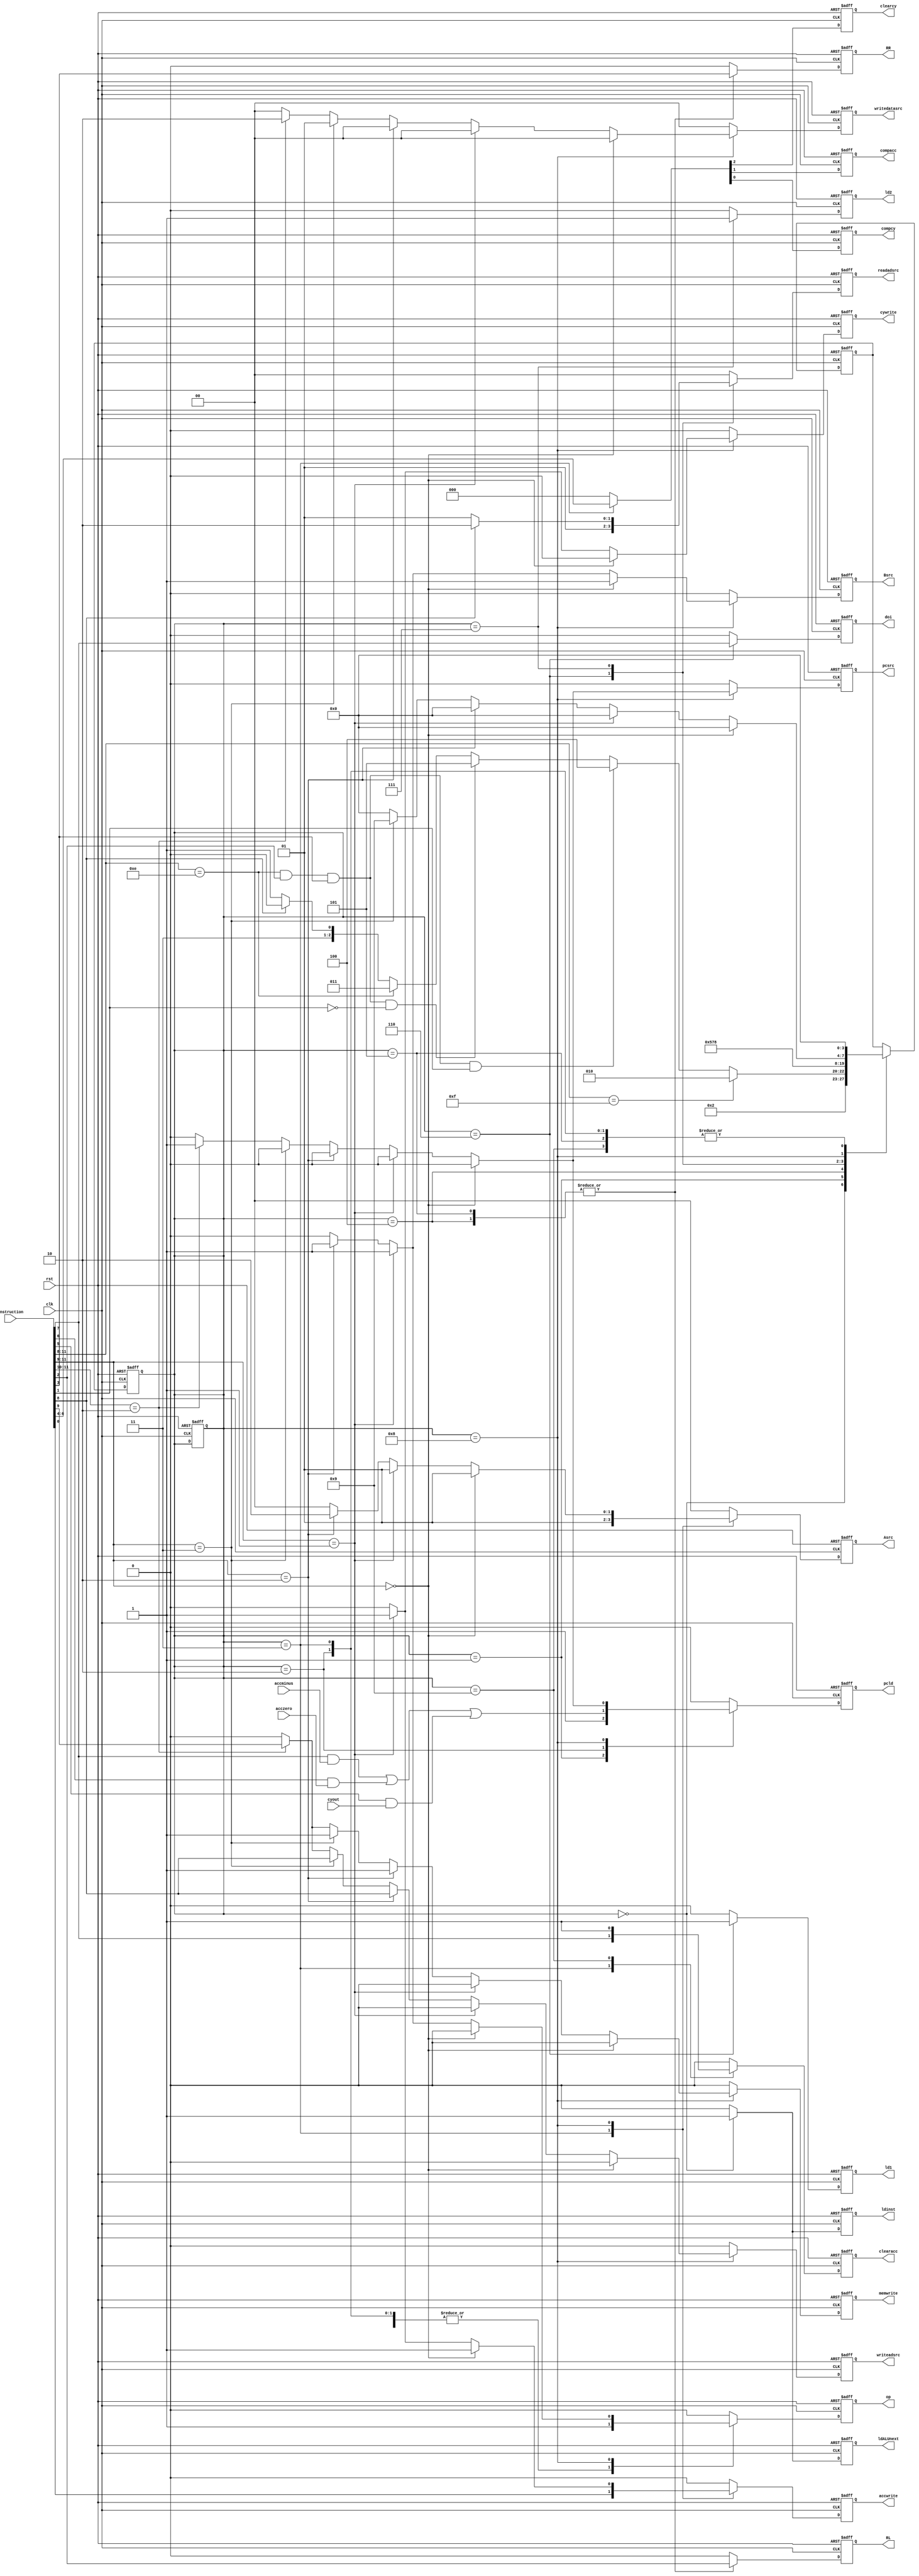
module controller(input[11:0] instruction,input clk,rst,cyout,accminus,acczero,output reg[1:0] readadsrc,Asrc,writedatasrc ,output reg memwrite,ldALUnext,ldinst,Bsrc,writeadsrc,doi,ld1,ld2,pcld,pcsrc,op,clearacc,clearcy,compacc,compcy,RL,RR,cywrite,accwrite);
  reg[3:0] state,nextstate;
  always@(negedge clk,posedge rst)
    if(rst)
      state<=0;
    else
      state<=nextstate;
  always@(posedge clk,posedge rst)
    if(rst) begin
      state=0;
      nextstate=0;
      {ldinst,Asrc,Bsrc,writedatasrc,writeadsrc,memwrite,ldALUnext} <= 0;
      {doi,ld1,ld2,pcld,pcsrc,op,readadsrc,clearacc} <= 0;
      {clearcy,compacc,compcy,RL,RR,cywrite,accwrite} <= 0;
    end
    else begin
      {ldinst,Asrc,Bsrc,writedatasrc,writeadsrc,memwrite,ldALUnext} <= 0;
      {doi,ld1,ld2,pcld,pcsrc,op,readadsrc,clearacc} <= 0;
      {clearcy,compacc,compcy,RL,RR,cywrite,accwrite} <= 0;
      case(state)
        0:begin{ldinst,op,ldALUnext}<=3'b111; nextstate<=1; end
        1: begin {op,pcld}<=2'b11; 
           if(instruction[11:8]==4'b1111) nextstate<=2; 
           else if(instruction[11:8]==4'b1110 &&instruction[2]&&instruction[3]&&instruction[1]) nextstate<=4;
           else if(instruction[11:8]==4'b1110 &&instruction[2]&&instruction[3]&&~instruction[1]) nextstate<=5;
           else if(instruction[11:8]==4'b1110) nextstate<=3;
           else if(instruction[8]==1) nextstate<=6;
           else if(instruction[8]==0) nextstate<=7;
           end
        2:begin op<=1; pcld <=(instruction[7]&accminus)|(instruction[6]&acczero)|(instruction[5]&cyout); nextstate<=0; end
        3:begin{clearacc,clearcy,compacc,compcy}<=instruction[7:4]; 
          {op,Asrc}<=3'b101; accwrite <= instruction[0]; nextstate<=0; end
        4:begin{RR,RL}<=instruction[3:2]; nextstate<=5; end
        5:begin{RR,RL}<=instruction[3:2]; nextstate<=0; end
        6:begin{readadsrc,ld1}<=3'b011; doi <= instruction[7];  nextstate<=7; end
        7:begin if(instruction[8]) readadsrc<=2; else readadsrc<=1;
          ld2<=1; nextstate<=8; end
        8:begin nextstate<=0; if(instruction[11:9]==0){Asrc,Bsrc,accwrite}<=4'b0111;
                else if(instruction[11:9]==3'b001) {Asrc,Bsrc,accwrite,op,cywrite}<=6'b011111;
                else if(instruction[11:9]==3'b010) {Asrc,Bsrc,op,memwrite,writeadsrc}<={5'b10111,instruction[8]}; 
                else if(instruction[11:9]==3'b011) begin {writedatasrc,memwrite,writeadsrc}<={3'b011,instruction[8]}; nextstate <= 9; end 
                else if(instruction[11:10]==2'b10) begin {writedatasrc,pcld,pcsrc}<={4'b1011}; memwrite<=instruction[9]; writeadsrc<=instruction[9]; end
           end
        9:begin nextstate<=0; clearacc<=1; end
      endcase
    end
    

endmodule